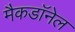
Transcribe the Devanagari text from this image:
मैकडाॅनेल